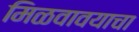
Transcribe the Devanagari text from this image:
मिळवावयाचा